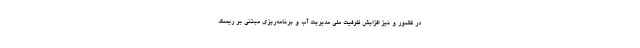
در کشور و نیز افزایش ظرفیت ملی مدیریت آب و برنامه‌ریزی مبتنی بر ریسک